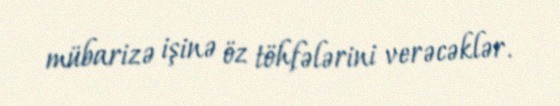
mübarizə işinə öz töhfələrini verəcəklər.